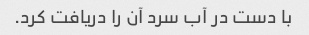
با دست در آب سرد آن را دریافت کرد.